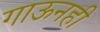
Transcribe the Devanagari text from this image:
गाऊनही